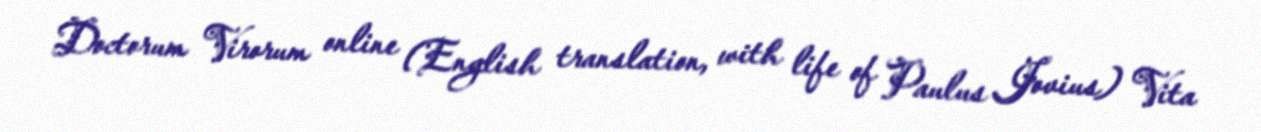
Doctorum Virorum online (English translation, with life of Paulus Jovius) Vita